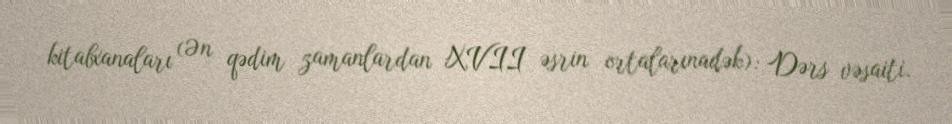
kitabxanaları (Ən qədim zamanlardan XVII əsrin ortalarınadək): Dərs vəsaiti.